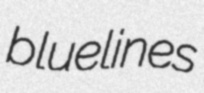
bluelines